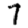
Digit: 7